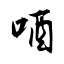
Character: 唒